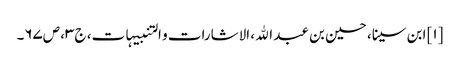
[۱] ابن سینا، حسین بن عبد الله، الاشارات و التنبیہات، ج‌۳، ص‌۶۷‌۔